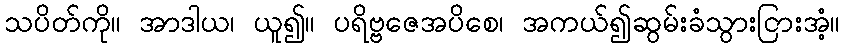
သပိတ်ကို။ အာဒါယ၊ ယူ၍။ ပရိဗ္ဗဇေအပိစေ၊ အကယ်၍ဆွမ်းခံသွားငြားအံ့။